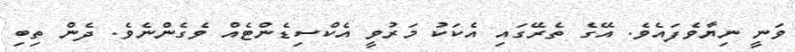
ވަނީ ނިޔާވެފައެވެ. އޭގެ ތެރޭގައި އެކަކު މަރުވީ އެކްސިޑެންޓެއް ވެގެންނެވެ. ދެން ތިބި